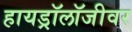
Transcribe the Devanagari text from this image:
हायड्रॉलॉजीवर